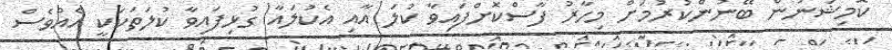
ކޮމިޝަނުން ބޭނުންކުރުމަށް މިހާރު ފާސްކޮށްފައިވާ ކުލަ އާއި އެކުލައާ ގުޅިފައިވާ ކުލަތަކަކީ އެއްވެސް